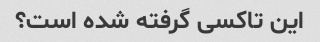
این تاکسی گرفته شده است؟